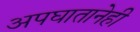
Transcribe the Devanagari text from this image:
अपघातानेही